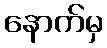
နောက်မှ